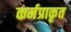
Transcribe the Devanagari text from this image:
कर्मप्राकृत